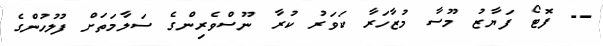
-- ފޮޓޯ ފަޔާޒު މޫސާ މުޒާހަރާ ކަވަރު ކުރާ ނޫސްވެރިންގެ ސަލާމަތަށް ފުލުހުންގެ